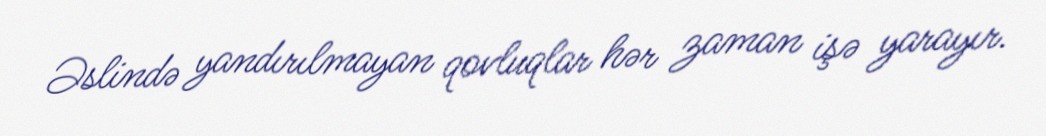
Əslində yandırılmayan qovluqlar hər zaman işə yarayır.